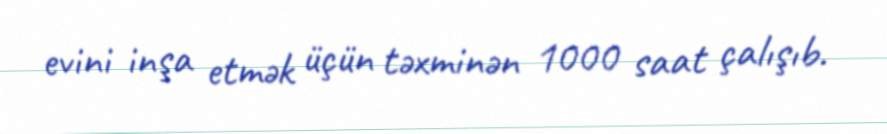
evini inşa etmək üçün təxminən 1000 saat çalışıb.